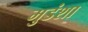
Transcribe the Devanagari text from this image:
मुडंशा